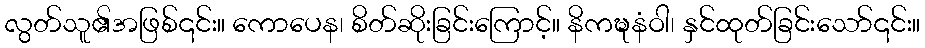
လွတ်သူ၏အဖြစ်၎င်း။ ကောပေန၊ စိတ်ဆိုးခြင်းကြောင့်။ နိကဍ္ဎနံဝါ၊ နှင်ထုတ်ခြင်းသော်၎င်း။